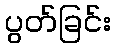
ပွတ်ခြင်း